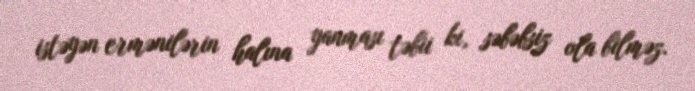
istəyən ermənilərin halına yanması təbii ki, səbəbsiz ola bilməz.